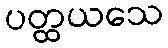
ပတ္ထယသေ